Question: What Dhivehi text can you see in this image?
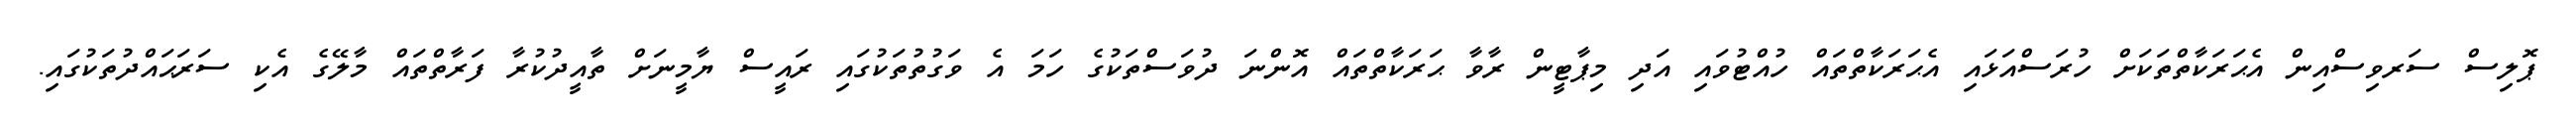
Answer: ޕޮލިސް ސަރވިސްއިން އެޙަރަކާތްތަކަށް ހުރަސްއަޅައި އެޙަރަކާތްތައް ހުއްޓުވައި އަދި މިޕާޓީން ރާވާ ޙަރަކާތްތައް އޮންނަ ދުވަސްތަކުގެ ހަމަ އެ ވަގުތުތަކުގައި ރައީސް ޔާމީނަށް ތާއީދުކުރާ ފަރާތްތައް މާލޭގެ އެކި ސަރަޙައްދުތަކުގައި.